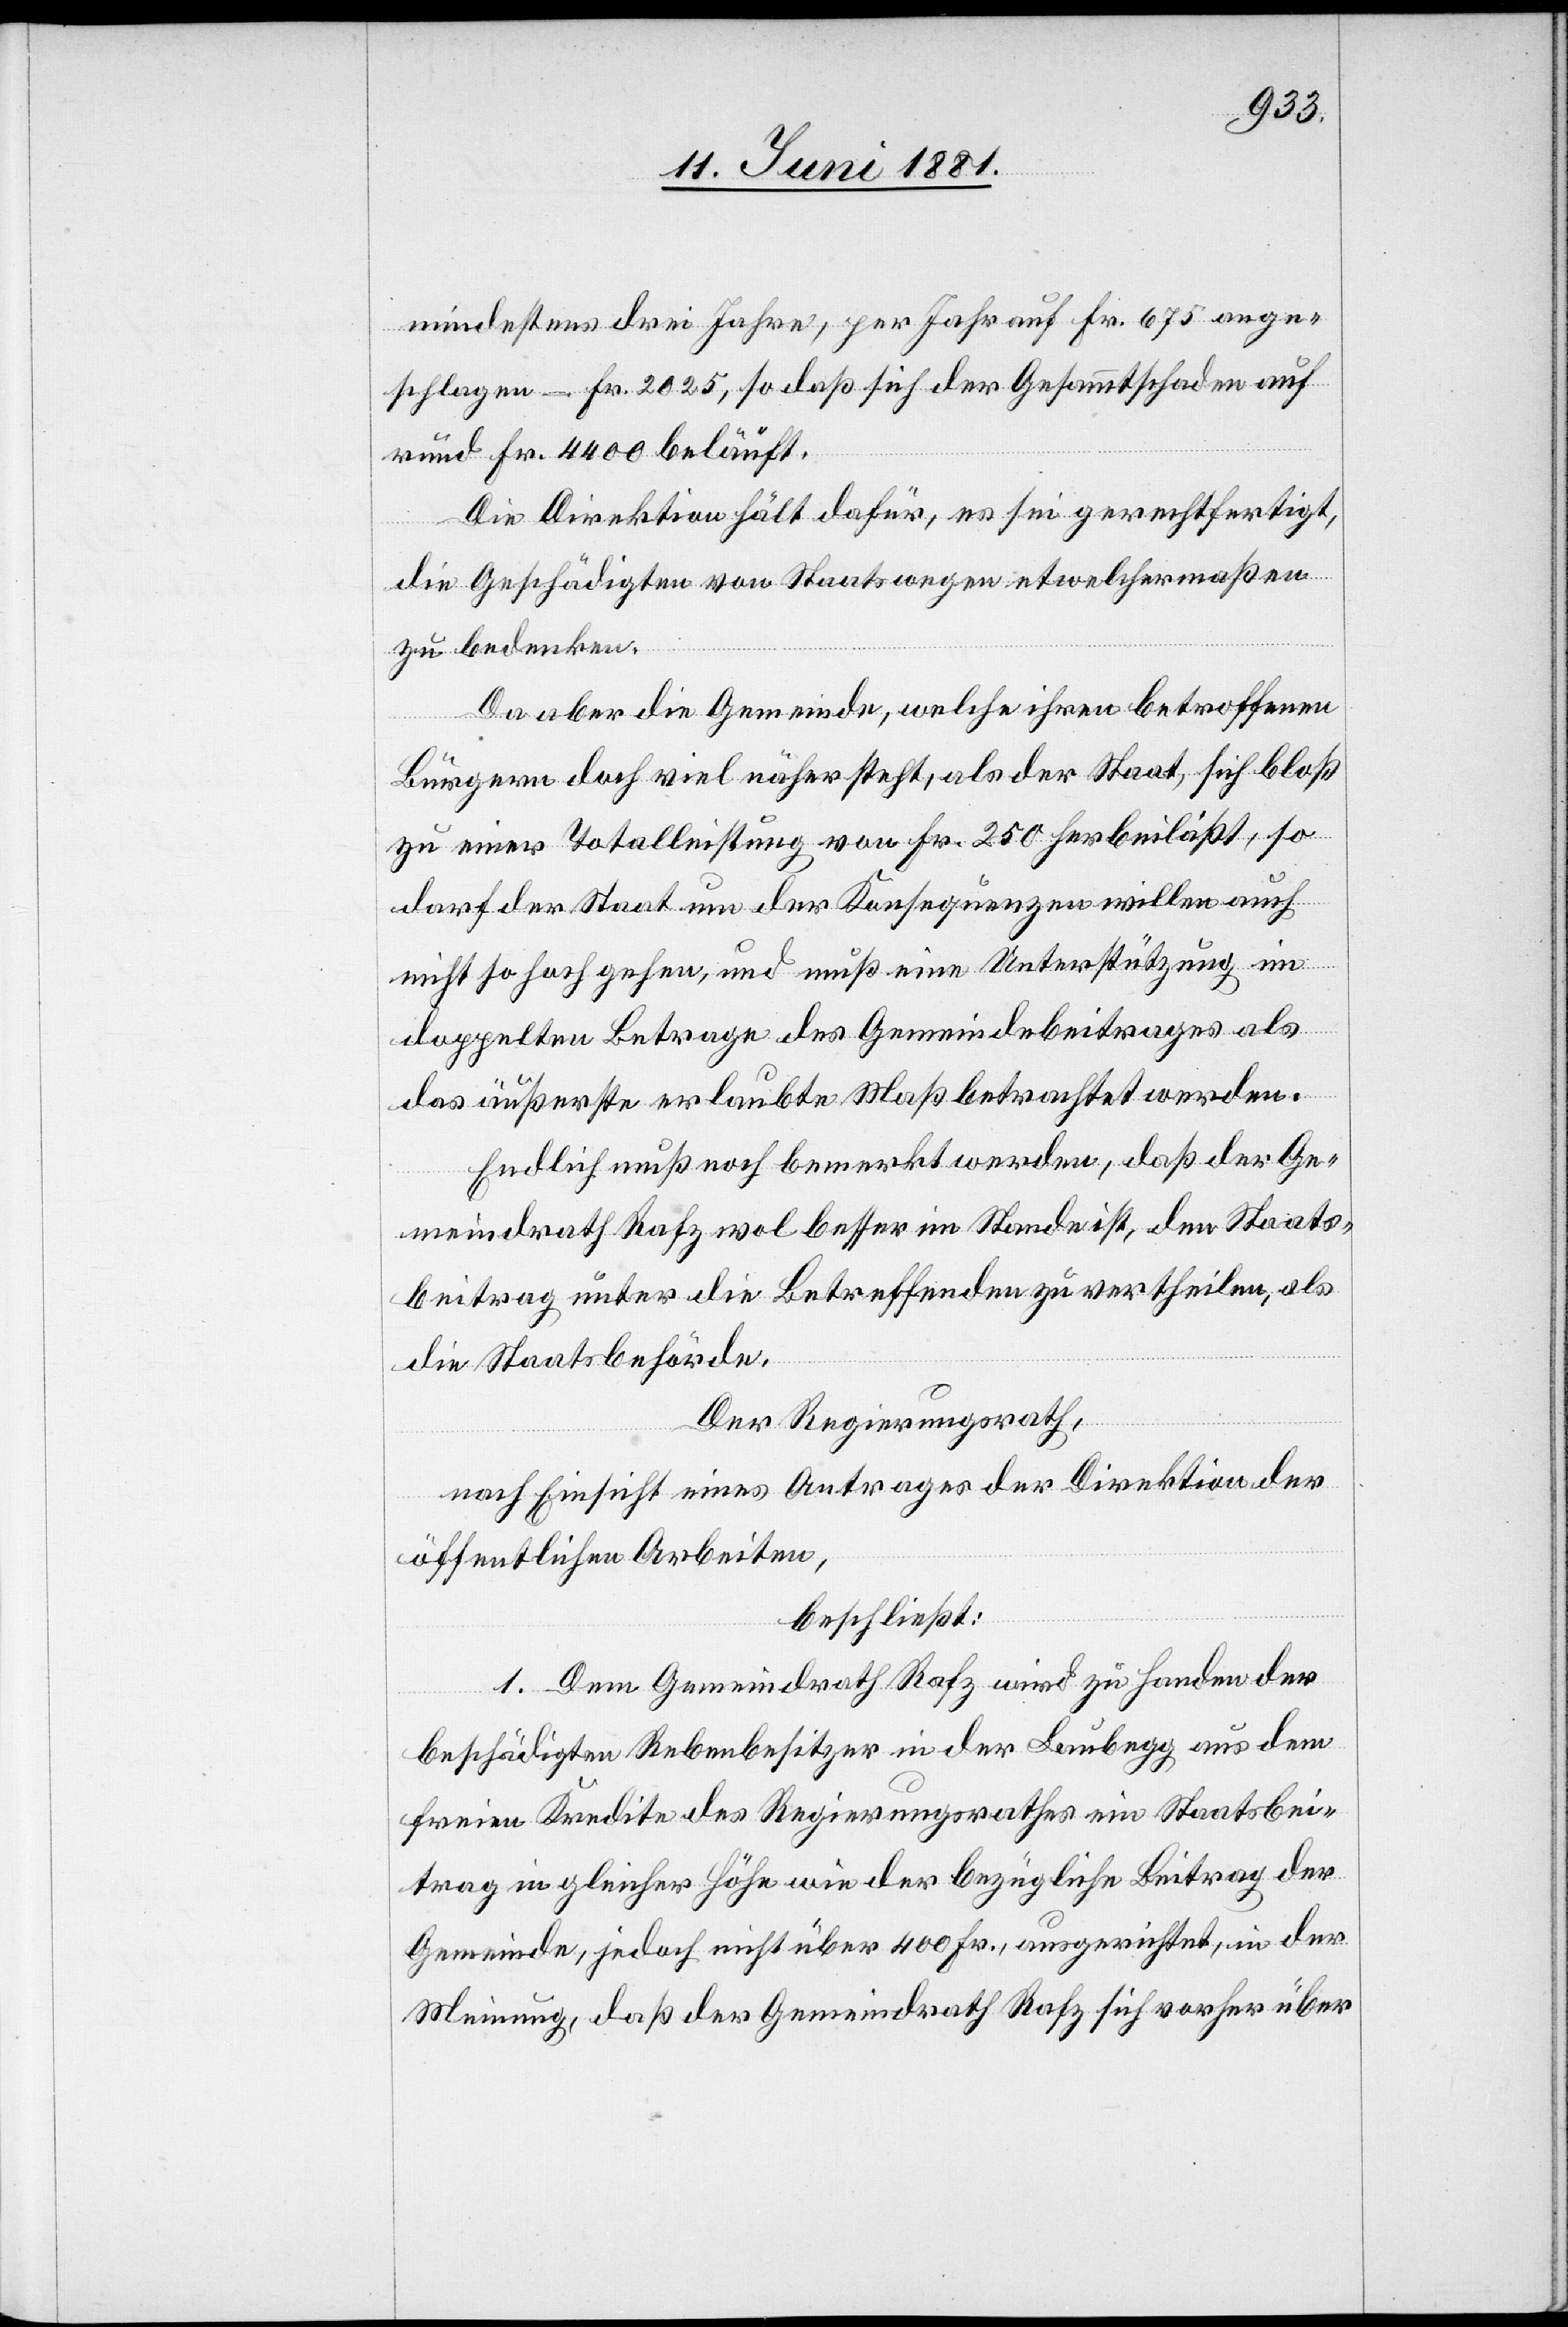
mindestens drei Jahre, per Jahr auf Fr. 675 ange¬
schlagen – Fr. 2025, so daß sich der Gesammtschaden auf
rund Fr. 4400 beläuft.
Die Direktion hält dafür, es sei gerechtfertigt,
die Geschädigten von Staatswegen etwelchermaßen
zu bedenken.
Da aber die Gemeinde, welche ihren betroffenen
Bürgern doch viel näher steht, als der Staat, sich bloß
zu einer Totalleistung von Fr. 250 herbeiläßt, so
darf der Staat um der Konsequenzen willen auch
nicht so hoch gehen, und muß eine Unterstützung im
doppelten Betrage des Gemeindebeitrages als
das äußerste erlaubte Maß betrachtet werden.
Endlich muß noch bemerkt werden, daß der Ge¬
meindrath Rafz wol besser im Stande ist, den Staats¬
beitrag unter die Betreffenden zu vertheilen, als
die Staatsbehörde.
Der Regierungsrath,
nach Einsicht eines Antrages der Direktion der
öffentlichen Arbeiten,
beschließt:
1. Dem Gemeindrath Rafz wird zu Handen der
beschädigten Rebenbesitzer in der Laubegg aus dem
freien Kredite des Regierungsrathes ein Staatsbei¬
trag in gleicher Höhe wie der bezügliche Beitrag der
Gemeinde, jedoch nicht über 400 Fr., ausgerichtet, in der
Meinung, daß der Gemeindrath Rafz sich vorher über